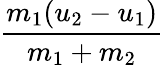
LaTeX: \frac{m_{1}(u_{2}-u_{1})}{m_{1}+m_{2}}